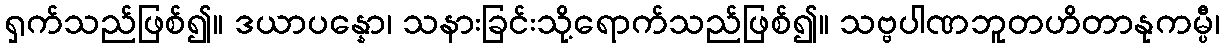
ရှက်သည်ဖြစ်၍။ ဒယာပန္နော၊ သနားခြင်းသို့ရောက်သည်ဖြစ်၍။ သဗ္ဗပါဏဘူတဟိတာနုကမ္ပီ၊